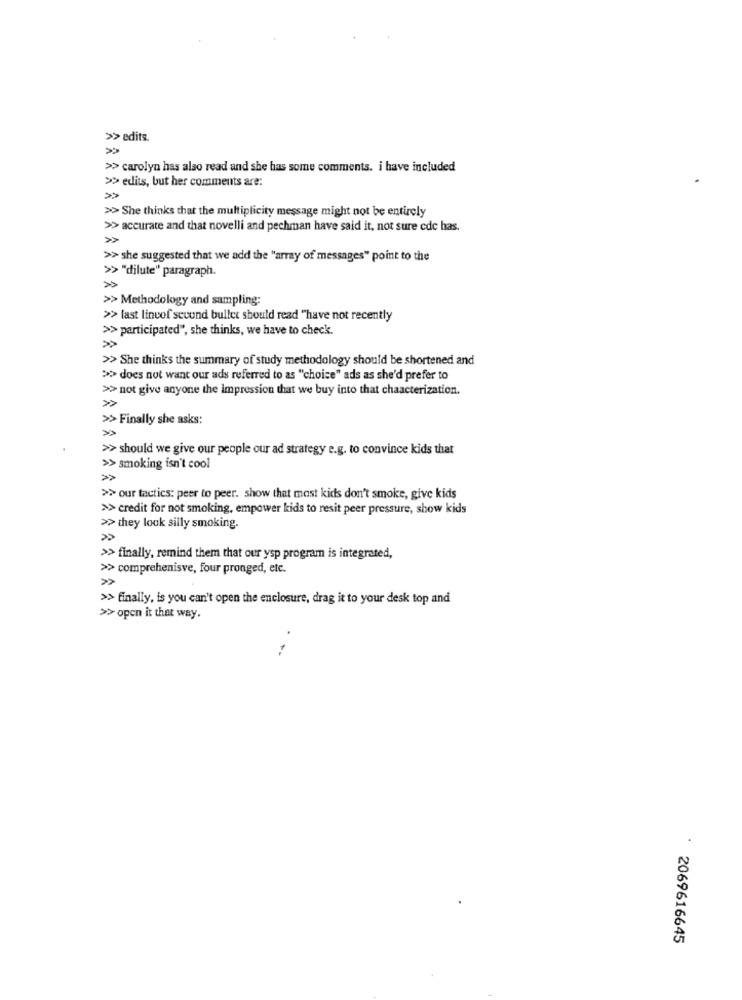
>> edits.
»
>> carolyn has also read and she has some comments. i have included
>> edits, but her comments are:
>> She thinks that the multiplicity message might not be entirely
>> accurate and that novelli and pechman have said it, not sure cdc has.
>> she suggested that we add the "array of messages" point to the
>> "dilute" paragraph.
»
>> Methodology and sampling:
>> last linvof second bullet should read "have not recently
>> participated", she thinks, we have to check.
>> She thinks the summary of study methodology should be shortened and
>>>> does not want our ads referred to as "choice" ads as she'd prefer to
>> not give anyone the impression that we buy into that chaacterization.
>> Finally she asks:
»
>> should we give our people our ad strategy e.g. to convince kids that
>> smoking isn't cool
>> our tactics: peer to peer. show that most kids don't smoke, give kids
>> credit for not smoking, empower kids to resit peer pressure, show kids
>> they look silly smoking.
>> finally, remind them that our ysp program is integrated,
>> comprehenisve, four pronged, etc.
»
>> finally, is you can't open the enclosure, drag it to your desk top and
>> open it that way.
.
2069616645